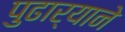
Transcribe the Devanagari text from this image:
पुढार्‍याने